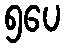
၅ပေ